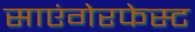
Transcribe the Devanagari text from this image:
साएंगेरफेस्ट